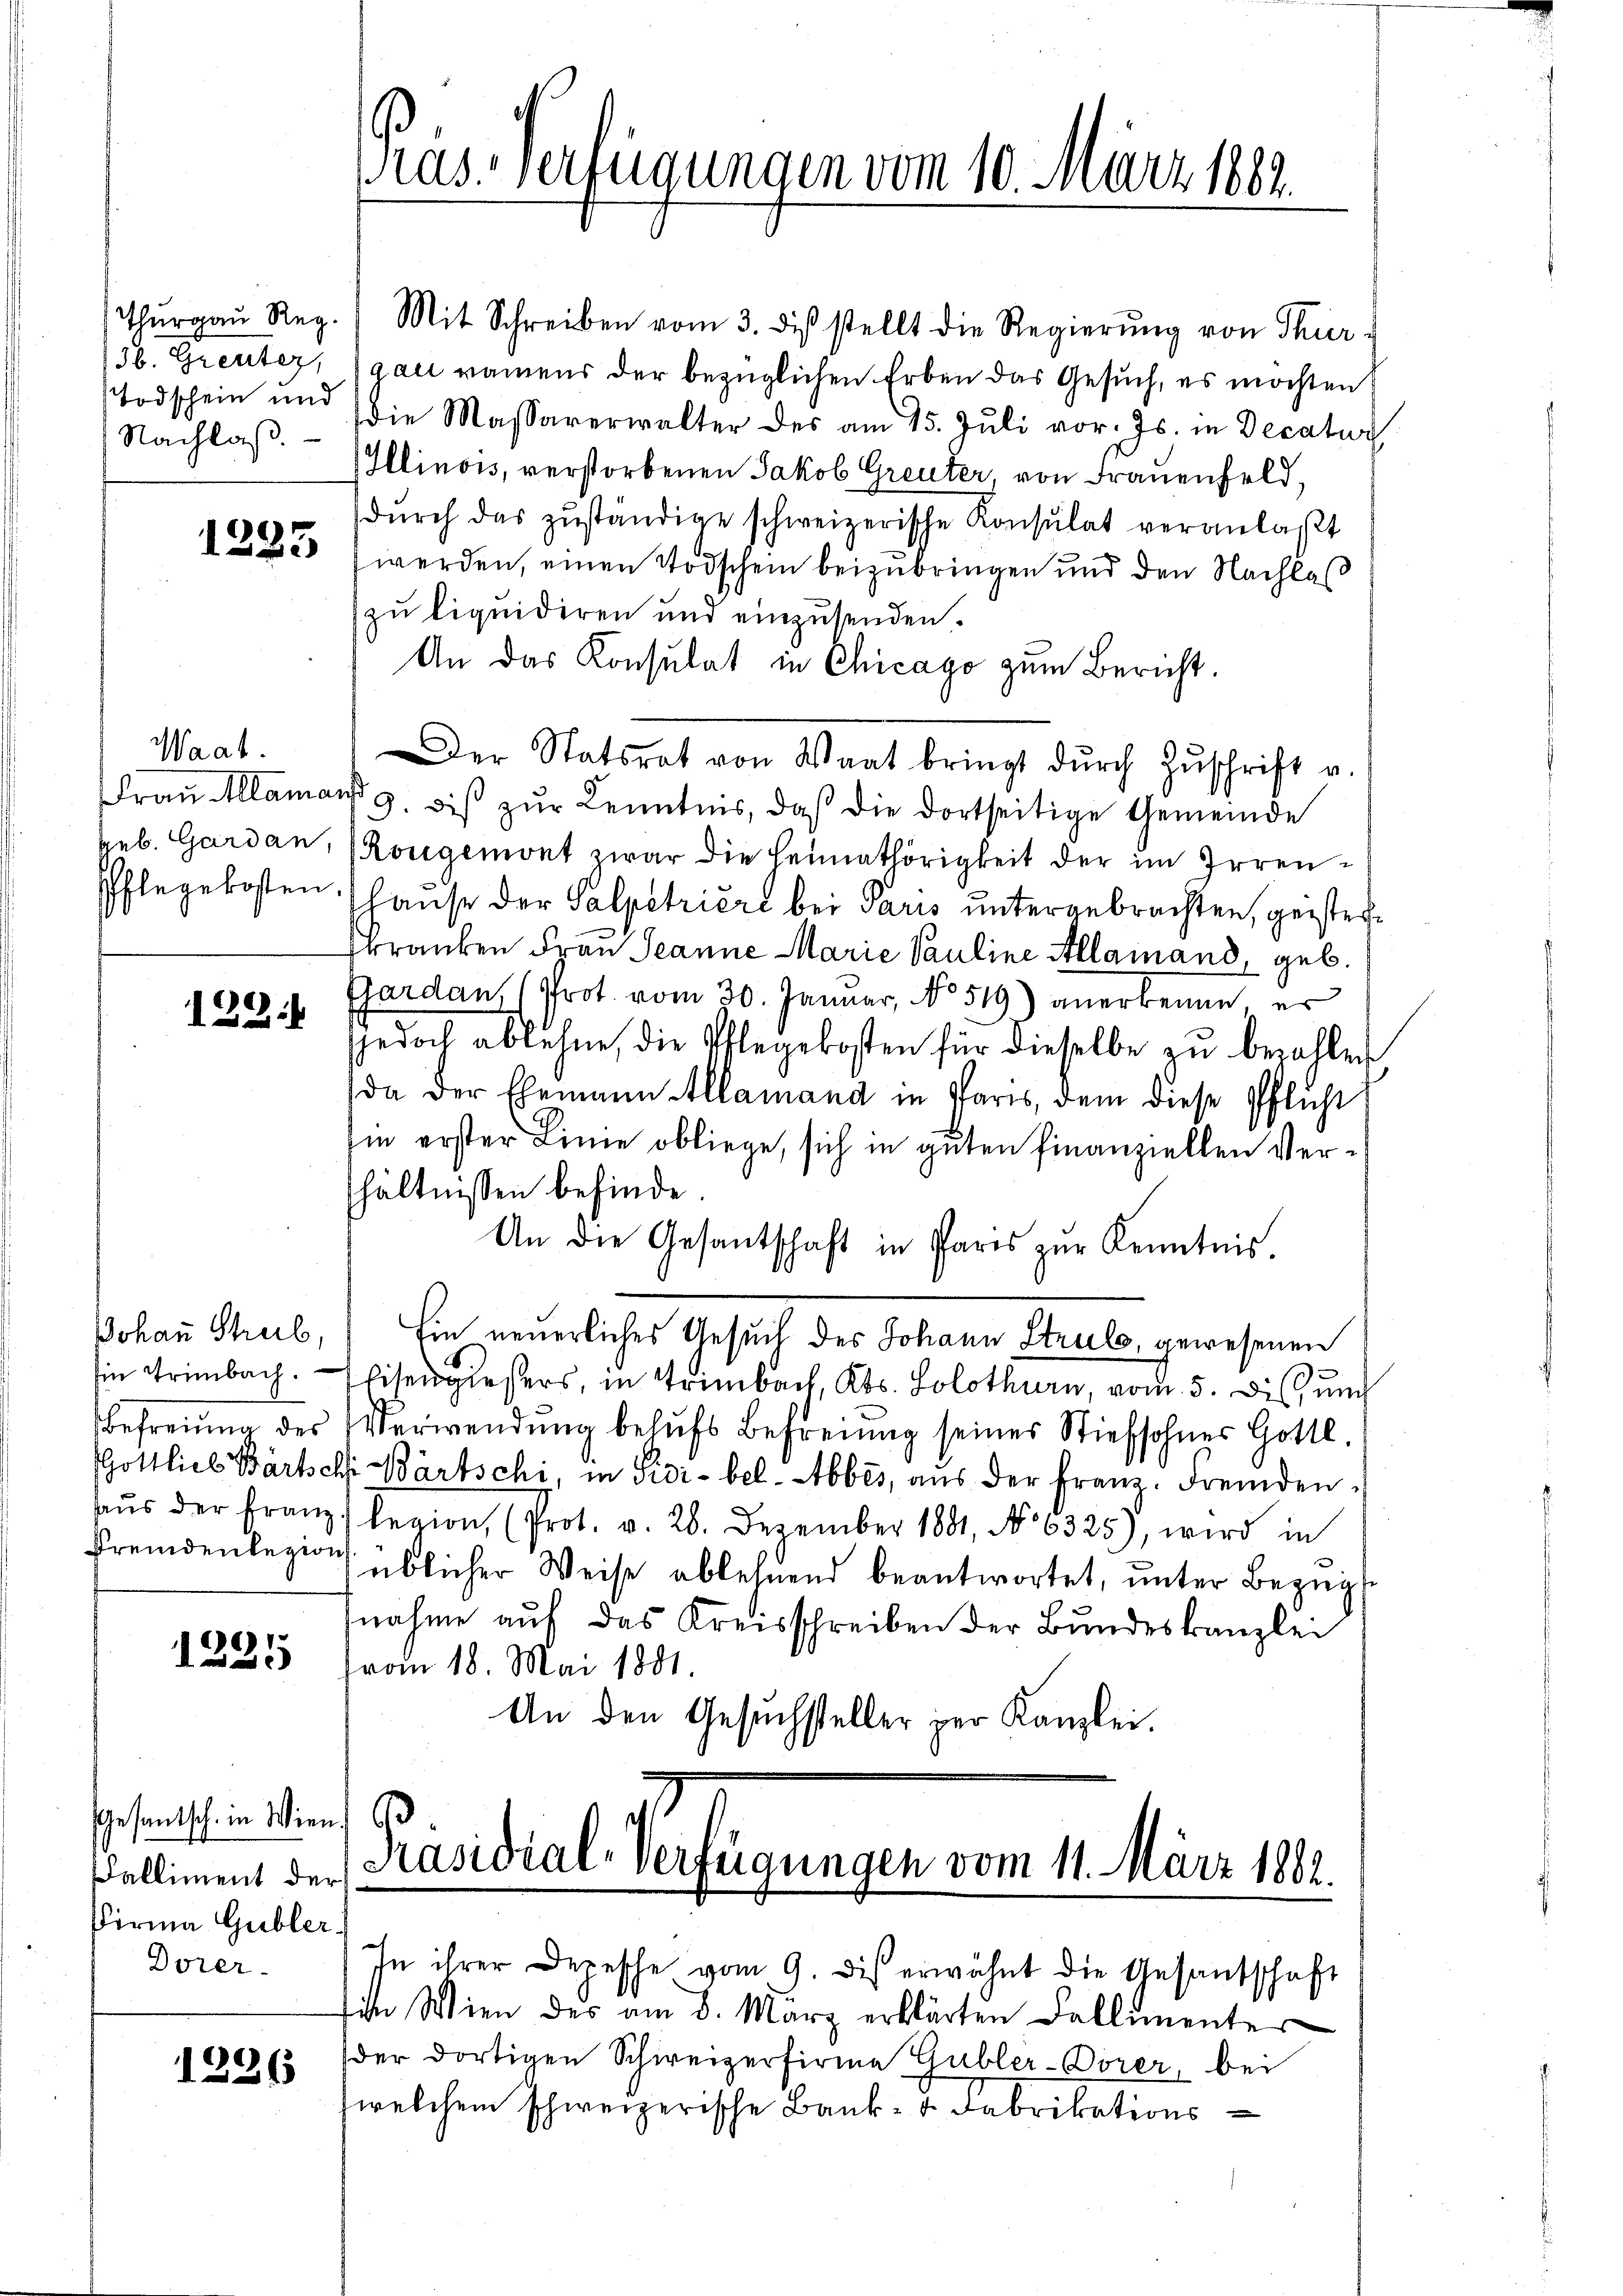
Nachlaß

Waat.

1291

Gesantsch in Wien,
Falliment der
Firma Gubler
Dorer

1226

Thŭrgaŭ Reg. Mit Schreiben vom 3. dβ stellt die Regierŭng von Thur¬
/36. Greuter, gar namens der bezüglichen Erben das Gesuch, es möchten
odschein und die Massaverwalter des am 15. Jŭli vor. Js. in Decatur
Illinois, verstorbenen Jakob Greuter, von Frauenfeld,
dŭrch das zŭständige schweizerische Konsulat veranlaßt
1223 werden, einen Todschein beizubringen und den Nachlaß
zu liquidiren und einzusenden.
An das Konsulat in Chicago zum Bericht.
Der Statsrat von Waat bringt dŭrch Zŭschrift u.
Fraŭ Alamant 9. bis zŭr Kenntnis, daβ die dortseitige Gemeinde
geb. Gardan, (Rougemont zwar die Heimathörigkeit der im Irren¬
Pflegekosten (Hause der Salpetriere bei Paris untergebrachten, geisterskranken Frau Jeanne Marie Pauline Allamand, geb.
Gardan, (Prot. vom 30. Januar, No 519) anerkenne, er
Jedoch ablehne, die Pflegekosten für dieselbe zu bezahlen
(da der Ehemann Alamand in Paris, dem diese Pflicht
in erster Linie obliege, sich in guten finanziellen Verhältnissen befinde
An die Gesantschaft in Paris zur Kenntnis.
Johan Streib,) Ein neuerliches Gesuch des Johann Struls, gewesenen
Ein Trimbach. Weisengießers, in Trimbach, Kts. Solothurn, vom 5. Die und
Befreiung des Verwendŭng behŭfs Befreiung seines Stiefsohnes Gottl.
GGottlieb Bartsch Bärtschi, in Sidi- bel-Abbes, aus der Franz. Fremdenhaŭs der Franz legion (Prot. v. 28. Dezember 1881, No 6325), wird in
fremdenlegion üblicher Weise ablehnend beantwortet, unter Bezugsnahme auf das Kreisschreiben der Bundeskanzlei
1225 (vom 18. Mai 1801.
An den Gesuchsteller zur Kanzlei.

Präs. Verfügungen vom 10. März 1883.

Präsidial-Verfügungen vom 11. März 1882.

In ihrer Depesche vom 9. dis erwähnt die Gesandschaft
in Wien des am 8. März erklärten Fallimenter
der dortigen Schweizerfirme Gubler-Vorer, bei
welchem schweizerische Bank- u. Fabrikations¬